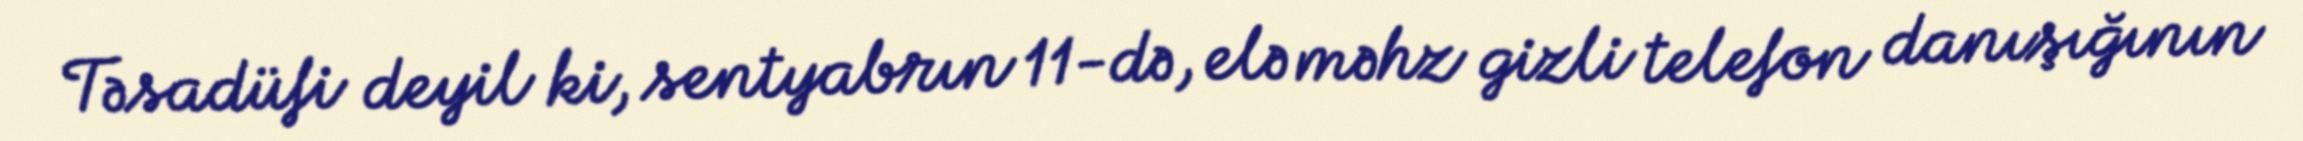
Təsadüfi deyil ki, sentyabrın 11-də, elə məhz gizli telefon danışığının